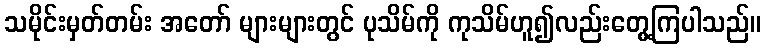
သမိုင်းမှတ်တမ်း အတော် များများတွင် ပုသိမ်ကို ကုသိမ်ဟူ၍လည်းတွေ့ကြပါသည်။